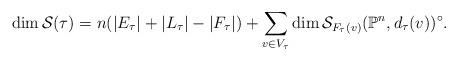
LaTeX: \begin{align*}\dim\mathcal{S}(\tau)=n(|E_{\tau}|+|L_{\tau}|-|F_{\tau}|)+\sum_{v\in V_{\tau}}\dim\mathcal{S}_{F_{\tau}(v)}(\mathbb{P}^{n},d_\tau(v))^{\circ}.\end{align*}